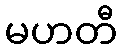
မဟတီ